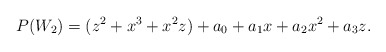
\begin{align*}P(W_2)= (z^2 +x^3+x^2z) +a_0+a_1x+a_2x^2+a_3z.\end{align*}